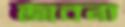
জাবনা